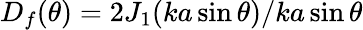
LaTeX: D_{f}(\theta)=2J_{1}(ka\sin\theta)/ka\sin\theta